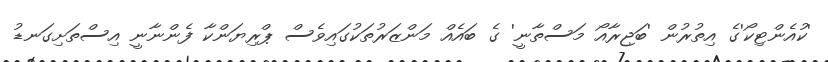
'ކުއެންޓިކޯ'ގެ އިތުރުން 'ބަޖިރާއޯ މަސްތާނީ' ގެ ބައެއް މަންޒަރުތަކުގައިވެސް ޕްރިޔަންކާ ފެންނާނީ އިސްތަށިގަނޑު